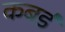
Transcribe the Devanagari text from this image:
कबर्ड